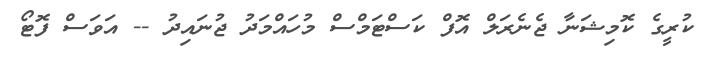
ކުރީގެ ކޮމިޝަނާ ޖެނެރަލް އޮފް ކަސްޓަމްސް މުހައްމަދު ޖުނައިދު -- އަވަސް ފޮޓޯ